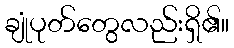
ချုံပုတ်တွေလည်းရှိ၏။